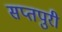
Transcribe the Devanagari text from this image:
सप्तपुरी